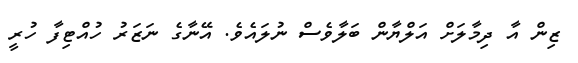
ޒިން އާ ދިމާލަށް އަލްޔާން ބަލާވެސް ނުލައެވެ. އޭނާގެ ނަޒަރު ހުއްޓިފާ ހުރީ